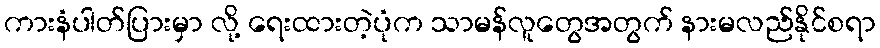
ကားနံပါတ်ပြားမှာ လို့ ရေးထားတဲ့ပုံက သာမန်လူတွေအတွက် နားမလည်နိုင်စရာ